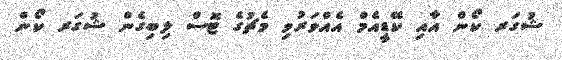
ޝުގަރ ކޯން އާއި ކޭޑީއެމް އެއްވަރުވި މެޗުގެ ޓޮސް ލިބިގެން ޝުގަރ ކޯން